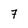
Character: 7